Vaccination in Burma 1920-1933 - 1920-1933
Year: 1920
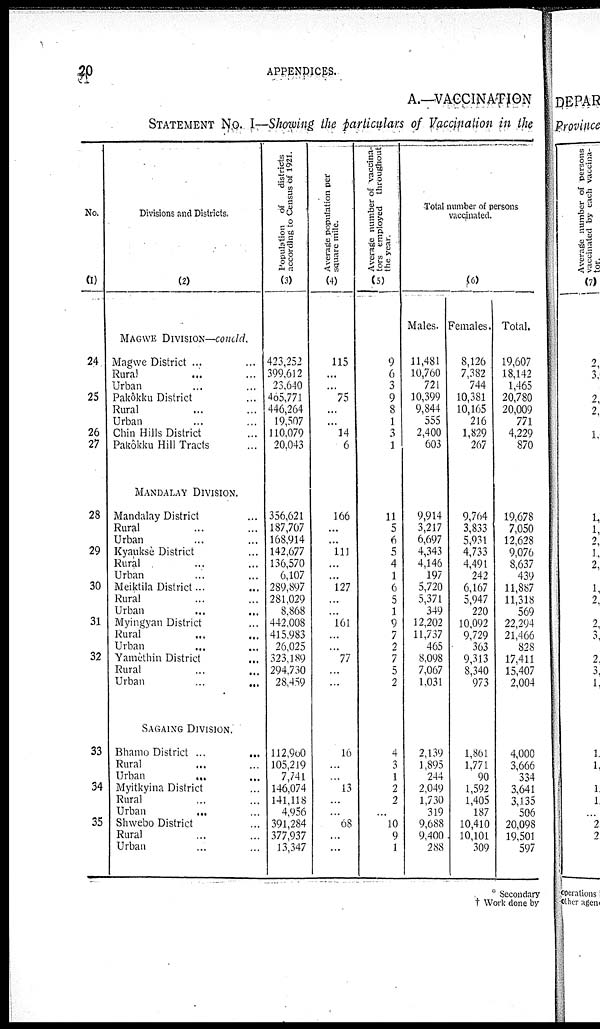
20
APPENDICES.
A.—VACCINATION
STATEMENT No. I—Showing the particulars of Vaccination in the
No.
(1)
24
25
26
27
28
29
30
31
32
33
34
35
Divisions and Districts.
(2)
MAGWE DIVISION—concld.
Magwe District ... ...
Rural... ...
Urban... ...
Pakôkku District ...
Rural... ...
Urban... ...
Chin Hills District ...
Pakôkku Hill Tracts ...
MANDALAY DIVISION.
Mandalay District ...
Rural... ...
Urban... ...
Kyaukse District ...
Rural... ...
Urban... ...
Meiktila District... ... ...
Rural... ...
Urban... ...
Myingyan District ...
Rural... ...
Urban... ...
Yamèthin District ...
Rural... ...
Urban
...
...
SAGAING DIVISION.
Bhamo District
...
...
Rural... ...
Urban...
...
Myitkyina District ...
Rural... ...
Urban...
...
Shwebo District ...
Rural... ...
Urban... ...
Population of
districts
according to Census of 1921.
(3)
423,252
399,612
23,640
405,771
446,264
19,507
110,079
20,043
356,621
187,707
168,914
142,677
136,570
6,107
289,897
281,029
8,868
442,008
415,983
26,025
323,189
294,730
28,459
112,900
105,219
7,741
146,074
141,118
4,956
391,284
377,937
13,347
Average population per
square mile.
(4)
115
...
...
75
...
...
14
6
166
...
...
111
...
...
127
...
...
161
...
...
77
...
...
16
...
...
13
...
...
68
...
...
Average number of vaccina-
tors employed throughout
the year.
(5)
9
6
3
9
8
1
3
1
11
5
6
5
4
1
6
5
1
9
7
2
7
5
2
4
3
1
2
2
...
10
9
1
Total number of persons
vaccinated.
(6)
Males.
11,481
10,760
721
10,399
9,844
555
2,400
603
9,914
3,217
6,697
4,343
4,146
197
5,720
5,371
349
12,202
11,737
465
8,098
7,067
1,031
2,139
1,895
244
2,049
1,730
319
9,688
9,400
288
Females.
8,126
7,382
744
10,381
10,165
216
1,829
267
9,764
3,833
5,931
4,733
4,491
242
6,167
5,947
220
10,092
9,729
363
9,313
8,340
973
1,861
1,771
90
1,592
1,405
187
10,410
10,101
309
Total.
19,607
18,142
1,465
20,780
20,009
771
4,229
870
19,678
7,050
12,628
9,076
8,637
439
11,887
11,318
569
22,294
21,466
828
17,411
15,407
2,004
4,000
3,666
334
3,641
3,135
506
20,098
19,501
597
* Secondary
† Work done by